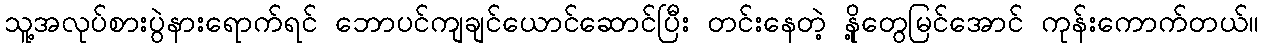
သူ့အလုပ်စားပွဲနားရောက်ရင် ဘောပင်ကျချင်ယောင်ဆောင်ပြီး တင်းနေတဲ့ နို့တွေမြင်အောင် ကုန်းကောက်တယ်။